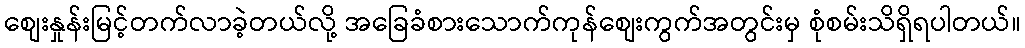
စျေးနှုန်းမြင့်တက်လာခဲ့တယ်လို့ အခြေခံစားသောက်ကုန်စျေးကွက်အတွင်းမှ စုံစမ်းသိရှိရပါတယ်။